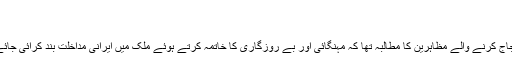
عراق میں ایرانی قونصلیٹ نذرِ آتش
404p | 9.4MB
یاد رہے کہ حکومت کے خلاف احتجاج کرنے والے مظاہرین کا مطالبہ تھا کہ مہنگائی اور بے روزگاری کا خاتمہ کرتے ہوئے ملک میں ایرانی مداخلت بند کرائی جائے اور اپنے فیصلے خود کیے جائیں۔